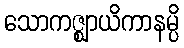
သောကဇ္ဈာယိကာနမ္ပိ